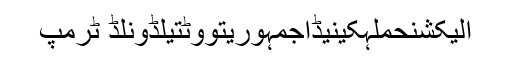
الیکشنحملہکینیڈاجمہوریتووٹتیلڈونلڈ ٹرمپ